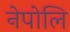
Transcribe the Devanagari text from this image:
नेपोलि